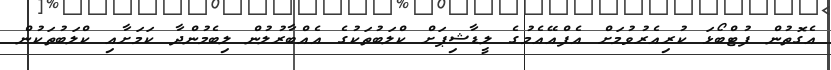
އެގޮތުން ފުޓްބޯޅަ ކުރިއެރުވުމަށް އެފްއޭއެމުގެ ލީޑާޝިޕަށް ކްލަބުތަކުގެ އެއްބާރުލުން ލިބެމުންދާ ކަމަށާއި ކްލަބުތަކުން